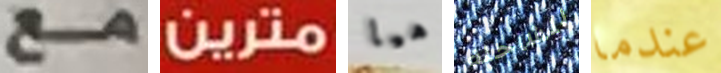
مع مترين هيا للشاحنة عندما